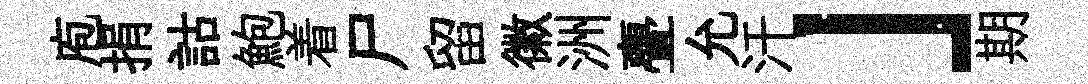
庖捐詁鮑着尸留徽洲亹允汗」期